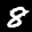
Label: 8